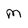
Character: M